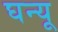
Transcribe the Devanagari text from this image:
घन्यू